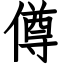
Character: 僔